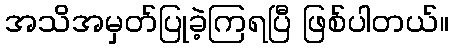
အသိအမှတ်ပြုခဲ့ကြရပြီ ဖြစ်ပါတယ်။